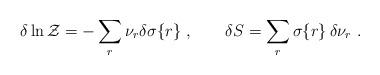
LaTeX: \begin{align*}\delta\ln{\cal Z}=-\sum_r \nu_r\delta\sigma\{r\}\ , \hskip 0.8 cm\delta S=\sum_r\sigma\{r\}\,\delta\nu_r \ . \end{align*}